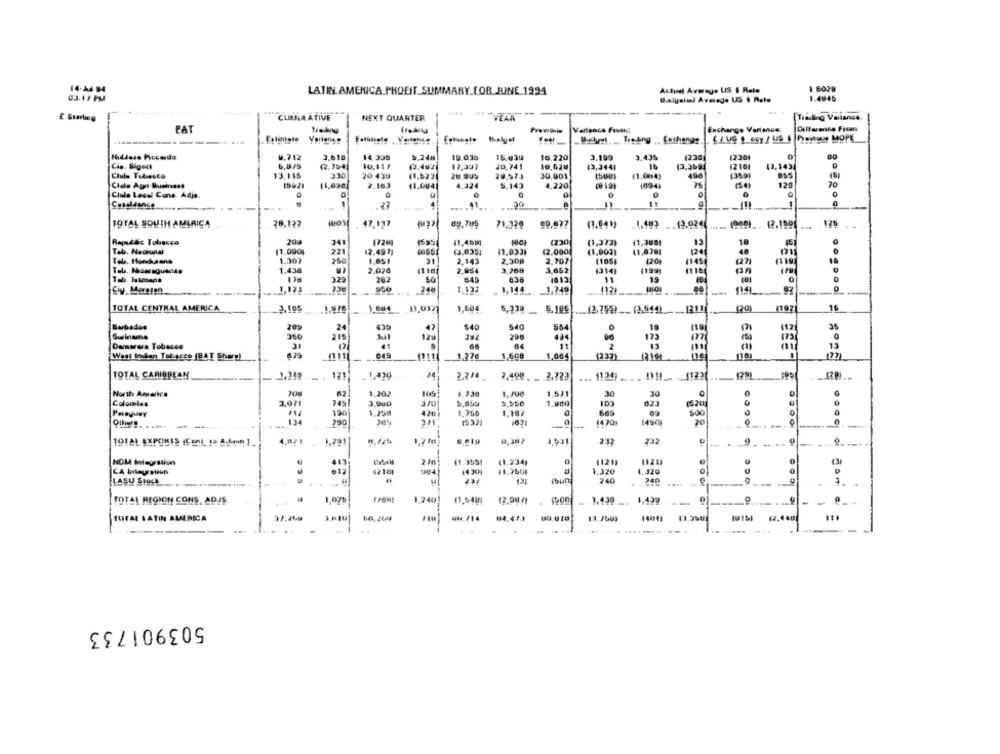
14-A4-94
LATIN AMERICA PROFIT_SUMMARY FOR JUNE 1994
Actual Average US $ Rate
1 6029
03.17 PM
1.4045
....
..
CUMLA ATIVE
NEXT QUARTER
Trading Variance.
PAT
-
Prawionly
Varlenca Fivec:
Enchange Variance:
Hilloss Piccardda
w.712
3.618
14.338
0.24H
19.036
15,039
16.220
3,199
3,435
12301
0
Cis. Bigett
6.8/5
(2.754]
10.11/
(3,462
17.397
20,741
18,628
$3.3441
13.3694
12101
13,143
13.116
330
(359)
Clubs Teliecco
20.439
(1,6291
26.909
20.575
30,001
(1,004)
490
15621
2.163
11.004
4.324
5.143
4,220
189-4)
25
120
70
Civile Lecel Cons. Adja.
0
1
27
4
30
11
Casaldance
41
TOTAL SOUTH AMLAICA
78.123
47.137
69.705
71.329
99.977
(1.643)
1.489 __ 13.924
19691. . 12.1501
..
Republic Tobacco
20
34
11.400
1230
(1,373)
13
18
0
Tab. Nacional
11,000;
221
(2.000
120
40
.
(2.4971
(3,8351
(1.033)
(1,0021
Tab. Hondurane
1.307
25
1.051
2.143
2.300
2.707
(105)
120)
41453
1271
1.438
2,070
4118
2,954
3,268
3,652
43141
(199
Tab. Istmans
325
282
50
649
638
1013
191
Siy Morgen
.748
1.122
1.144
0
TOTAL CENTRAL AMERICA
.3.105
1,604
5,339
5,185
13,755) ___ (3.544)
... 1211
16
Barbados
20
09C
24
430
47
540
540
554
35
215
Jul
120
290
424
123
m7
Damerera Tobacco
12
41
04
13
049
(232)
ORN
Wast Insan Tobacco (BAT Share)
---
1211
1.276
1.600
1,004
(27)
TOTAL CARIBBEAN
2.249
.. 121
.. 1.429
14
2.744
2.499_ _ . 2.739
.... 1124) .... . !!!!_ 31221.
North America
200
1,202
3.130
1.300
1,521
30
Colomles
3,071
149
3,900
370
1.900
(120
190
426
1.760
1.182
669
134
290
15321
(470)
1490
20
-
-
TOTAL EXPONES (Cent, 10 4.44 ]
232
232
ce e
NOM Integration
413
(1,234)
(121)
(121)
.12
1218
11.750%
1.020
1.320
0
LASU Stock __.
191
(bun
240
240
1.
le
.
TOTAL REGION CONS, ADAS
1,075
1.240
12.00/1
O
0
TOTAL LATIN AMERICA
32.260
-. /14
04.4/3
13.765
12.4 40
503901733